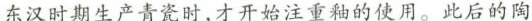
东汉时期生产青瓷时，才开始注重釉的使用。此后的陶